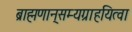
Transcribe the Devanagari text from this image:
ब्राह्मणान्‌सम्यग्राहयित्वा